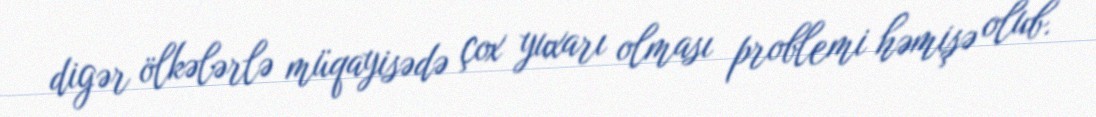
digər ölkələrlə müqayisədə çox yuxarı olması problemi həmişə olub.